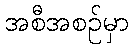
အစီအစဉ်မှာ